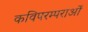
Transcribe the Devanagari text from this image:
कविपरम्पराओं